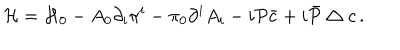
LaTeX: { \cal H } = { \cal H } _ { 0 } - A _ { 0 } \partial _ { i } \pi ^ { i } - \pi _ { 0 } \partial ^ { i } A _ { i } - i { \cal P } \bar { c } + i \bar { \cal P } \bigtriangleup c \, .